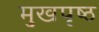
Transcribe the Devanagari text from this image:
मुखपृष्‍ठ